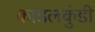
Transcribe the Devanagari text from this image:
काडलकुंडी